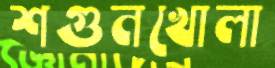
শগুনখোলা